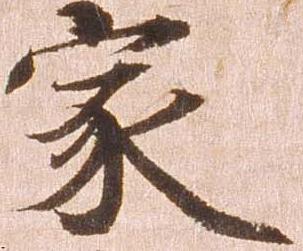
家